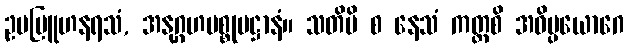
ဥပဗြူဟနရသံ, အနုဂ္ဂဟပစ္စုပဋ္ဌာနံ။ သတိပိ စ နေသံ ကတ္ထစိ အဝိပ္ပယောဂေ